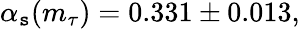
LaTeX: \alpha_{\mathtt{s}}(m_{\tau})=0.331\pm0.013,